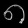
Digit: ၈